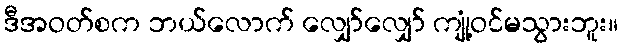
ဒီအဝတ်စက ဘယ်လောက် လျှော်လျှော် ကျုံ့ဝင်မသွားဘူး။